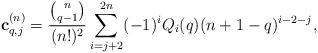
LaTeX: \begin{align*}\textbf{c}_{q,j}^{(n)}=\frac{\binom{n}{q-1}}{(n!)^2}\sum_{i=j+2}^{2n}(-1)^iQ_i(q)(n+1-q)^{i-2-j},\end{align*}